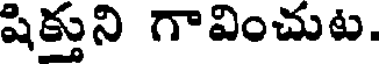
షిక్తుని గావించుట.